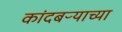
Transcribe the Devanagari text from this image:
कांदबऱ्याच्या